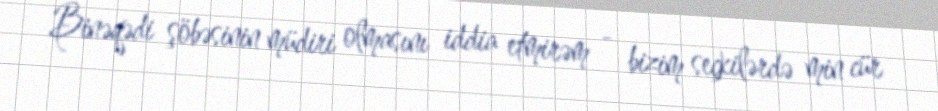
Binəqədi şöbəsinin müdiri olmasını iddia etmirəm - bizim seçkilərdə min cür